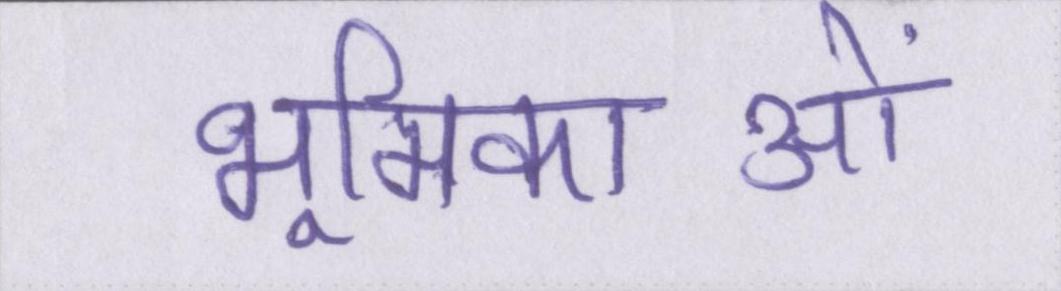
भूमिकाओं